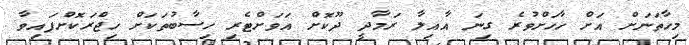
މިހާތަނަށް އަށް ހާހަށްވުރެ ގިނަ އާއިލާ ރަމާދީ ދޫކޮށް އަވަށްޓެރި ހިސާބުތަކަށް ހިޖްރަކޮށްފައިވާ